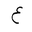
Letter: _ayn